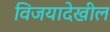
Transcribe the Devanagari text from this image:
विजयादेखील